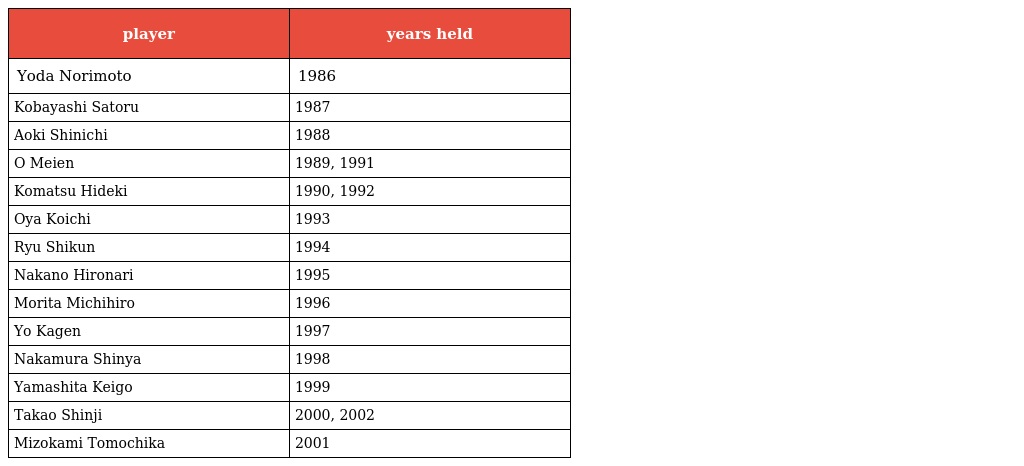
| player | years held |
 | --- | --- |
 | Yoda Norimoto | 1986 |
 | Kobayashi Satoru | 1987 |
 | Aoki Shinichi | 1988 |
 | O Meien | 1989, 1991 |
 | Komatsu Hideki | 1990, 1992 |
 | Oya Koichi | 1993 |
 | Ryu Shikun | 1994 |
 | Nakano Hironari | 1995 |
 | Morita Michihiro | 1996 |
 | Yo Kagen | 1997 |
 | Nakamura Shinya | 1998 |
 | Yamashita Keigo | 1999 |
 | Takao Shinji | 2000, 2002 |
 | Mizokami Tomochika | 2001 |